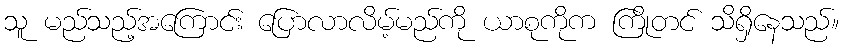
သူ မည်သည့်အကြောင်း ပြောလာလိမ့်မည်ကို ယာစုကိုက ကြိုတင် သိရှိနေသည်။